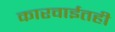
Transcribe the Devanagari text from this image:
कारवाईतही